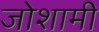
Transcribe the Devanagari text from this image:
जोशामी